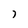
Character: 7